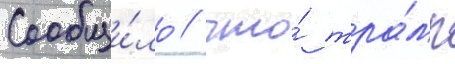
Сообщи́ло / что́ тра́мп